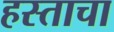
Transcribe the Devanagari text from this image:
हस्ताचा